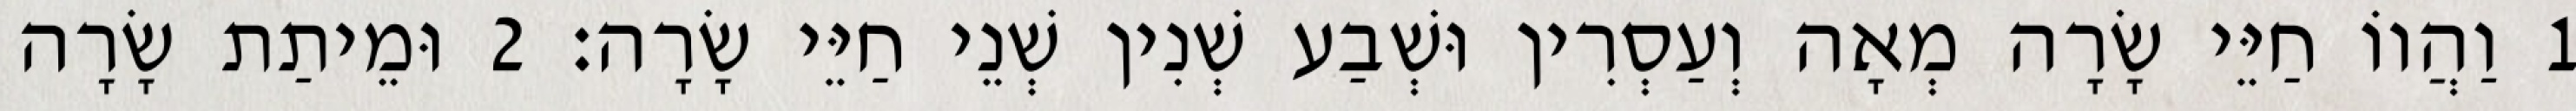
1 וַהֲווֹ חַיֵּי שָׂרָה מְאָה וְעַסְרִין וּשְׁבַע שְׁנִין שְׁנֵי חַיֵּי שָׂרָה׃ 2 וּמֵיתַת שָׂרָה